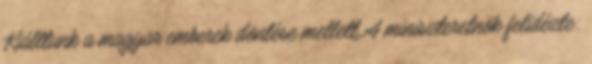
Kiálltunk a magyar emberek döntése mellett A miniszterelnök felidézte: